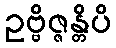
ဥဗ္ဗိဇ္ဇန္တိပိ